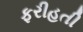
ફરીહતી